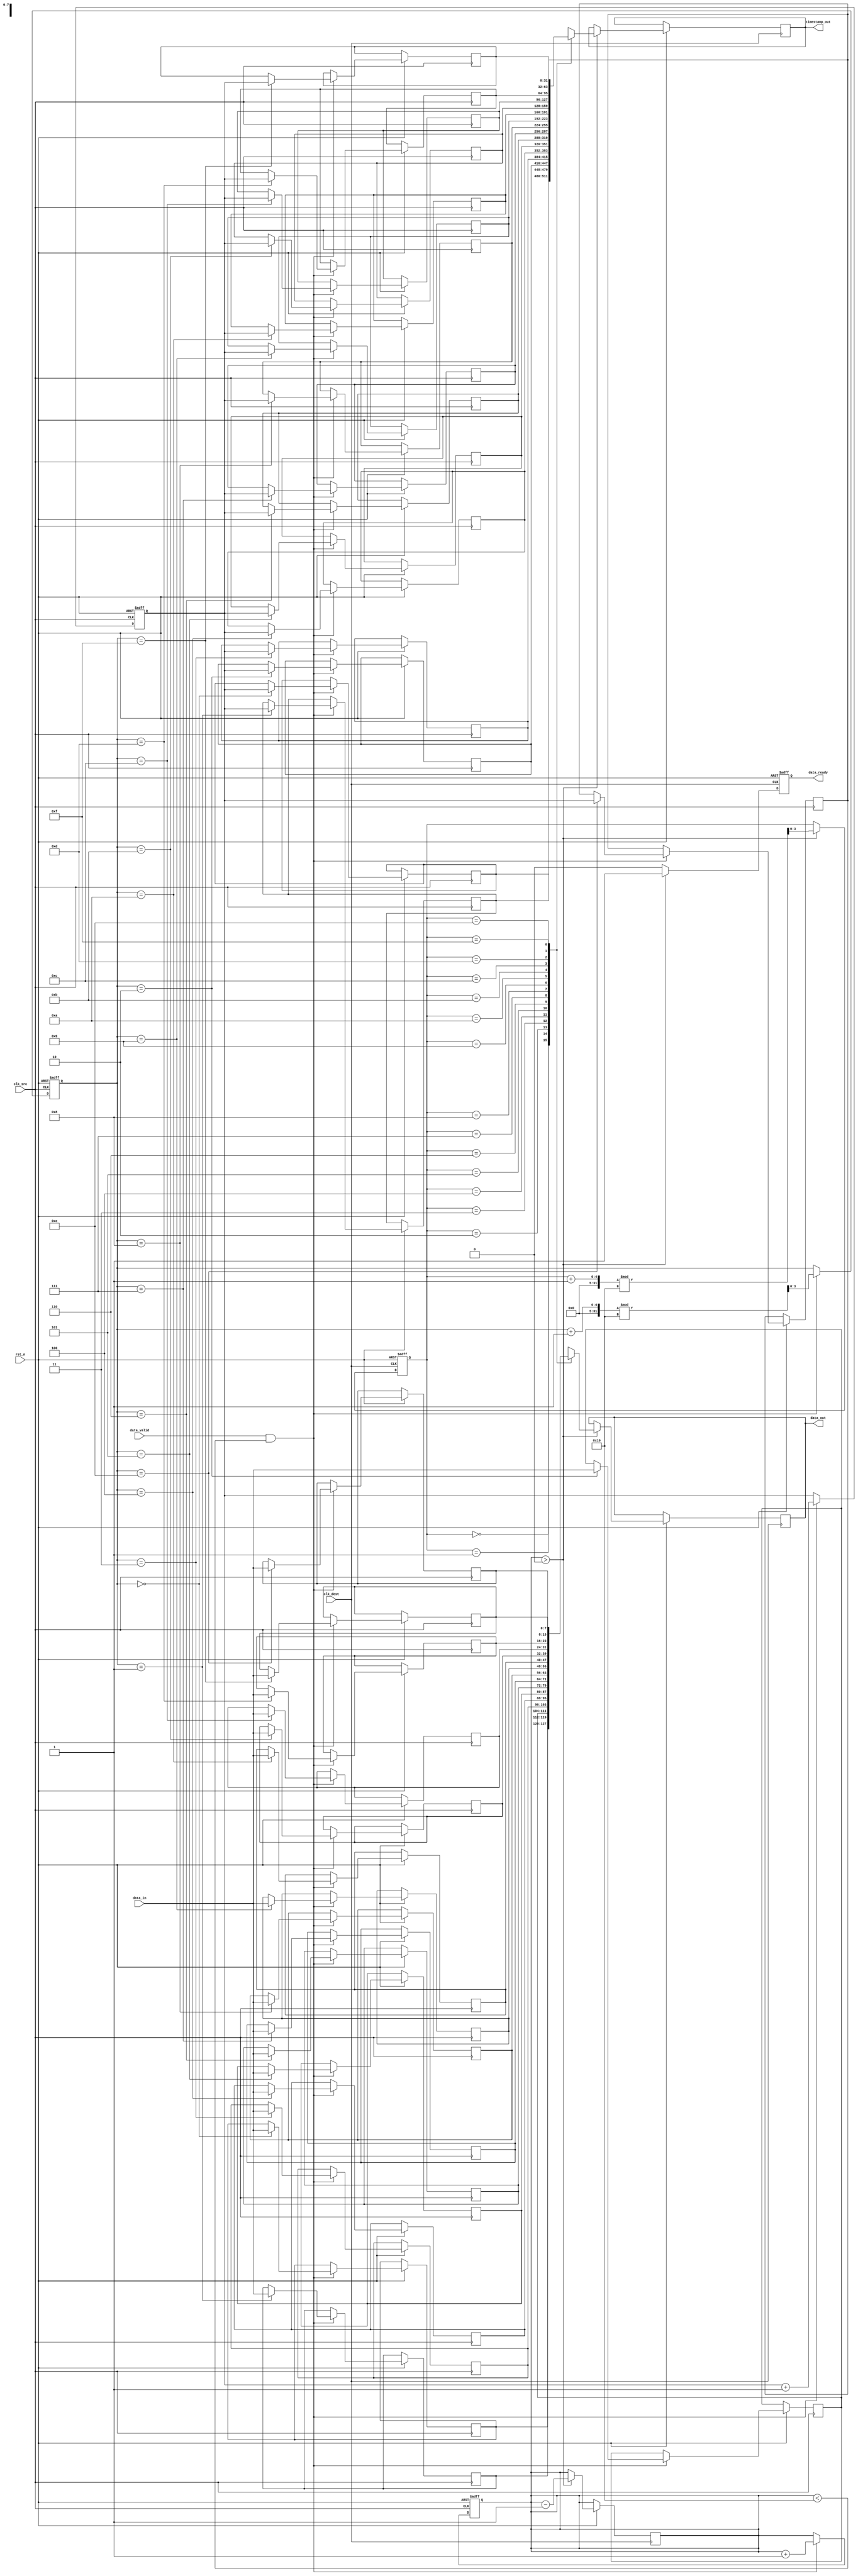
module time_stamped_synchronizer #(
    parameter DATA_WIDTH = 8,
    parameter FIFO_DEPTH = 16
)(
    input wire clk_src,               // Source clock
    input wire clk_dest,              // Destination clock
    input wire rst_n,                 // Active low reset
    input wire [DATA_WIDTH-1:0] data_in, // Data input from source memory
    input wire data_valid,            // Data valid signal from source
    output reg [DATA_WIDTH-1:0] data_out, // Data output to destination memory
    output reg [31:0] timestamp_out,  // Timestamp output
    output reg data_ready             // Data ready signal for destination
);

    // FIFO buffer signals
    reg [DATA_WIDTH-1:0] fifo_data [0:FIFO_DEPTH-1];
    reg [31:0] fifo_timestamp [0:FIFO_DEPTH-1];
    reg [3:0] write_ptr, read_ptr;
    reg [3:0] fifo_count;

    // Timestamp generator
    reg [31:0] timestamp_counter;

    // FIFO write logic (synchronized to clk_src)
    always @(posedge clk_src or negedge rst_n) begin
        if (!rst_n) begin
            write_ptr <= 0;
            fifo_count <= 0;
            timestamp_counter <= 0;
        end else if (data_valid && (fifo_count < FIFO_DEPTH)) begin
            fifo_data[write_ptr] <= data_in;
            fifo_timestamp[write_ptr] <= timestamp_counter;
            write_ptr <= (write_ptr + 1) % FIFO_DEPTH;
            fifo_count <= fifo_count + 1;
            timestamp_counter <= timestamp_counter + 1; // Increment timestamp
        end
    end

    // FIFO read logic (synchronized to clk_dest)
    always @(posedge clk_dest or negedge rst_n) begin
        if (!rst_n) begin
            read_ptr <= 0;
            data_ready <= 0;
        end else if (fifo_count > 0) begin
            data_out <= fifo_data[read_ptr];
            timestamp_out <= fifo_timestamp[read_ptr];
            read_ptr <= (read_ptr + 1) % FIFO_DEPTH;
            fifo_count <= fifo_count - 1;
            data_ready <= 1; // Indicate data is ready to be read
        end else begin
            data_ready <= 0; // No data available
        end
    end

endmodule